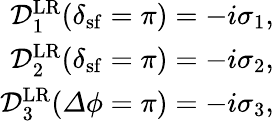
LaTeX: \begin{array}{r}{\mathcal{D}_{1}^{\mathrm{LR}}(\delta_{\mathrm{sf}}=\pi)=-i\sigma_{1},}\\ {\mathcal{D}_{2}^{\mathrm{LR}}(\delta_{\mathrm{sf}}=\pi)=-i\sigma_{2},}\\ {\mathcal{D}_{3}^{\mathrm{LR}}({\mathit\Delta\phi}=\pi)=-i\sigma_{3},}\end{array}